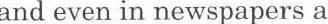
and even in newspapers a